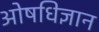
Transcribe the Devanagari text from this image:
ओषधिज्ञान